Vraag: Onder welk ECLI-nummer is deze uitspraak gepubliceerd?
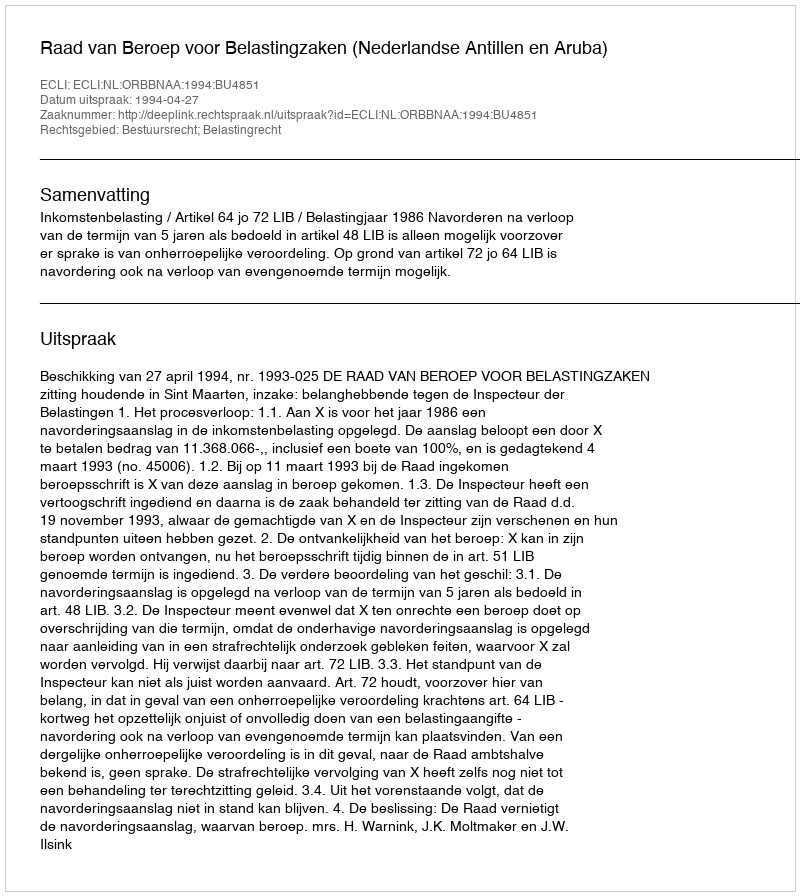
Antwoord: ECLI:NL:ORBBNAA:1994:BU4851